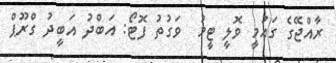
ރާއްޖޭގެ ގައުމީ ވޮލީ ޓީމު  ވަގުތު ފޮޓޯ: އަބްދު އަބީދު ގްރޫޕް